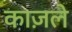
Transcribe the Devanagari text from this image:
काज़ले